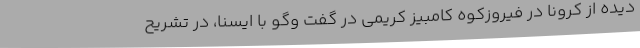
دیده از کرونا در فیروزکوه کامبیز کریمی در گفت وگو با ایسنا، در تشریح